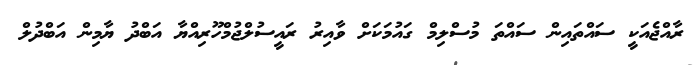
ރާއްޖެއަކީ ސައްތައިން ސައްތަ މުސްލިމް ގައުމަކަށް ވާއިރު ރައީސުލްޖުމްހޫރިއްޔާ އަބްދު ޔާމިން އަބްދުލް